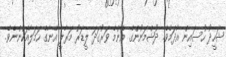
ޝަހީދު ހުސައިން އާދަމެވެ. ދުޝްމަނުންގެ އެންމެ ވަރުގަދަ ލީޑަރު މަރާލީ އޭނާގެ ހަމަލާއަކުންނެވެ.